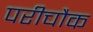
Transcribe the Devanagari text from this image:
परीचौक